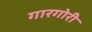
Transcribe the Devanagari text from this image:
गारगोरी